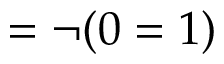
= \neg ( 0 = 1 )